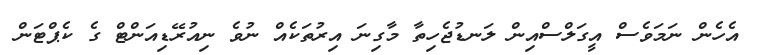
އެހެން ނަމަވެސް އީގަލްސްއިން ލަނޑުޖެހިތާ މާގިނަ އިރުތަކެއް ނުވެ ނިއުރޭޑިއަންޓް ގެ ކެޕްޓަން